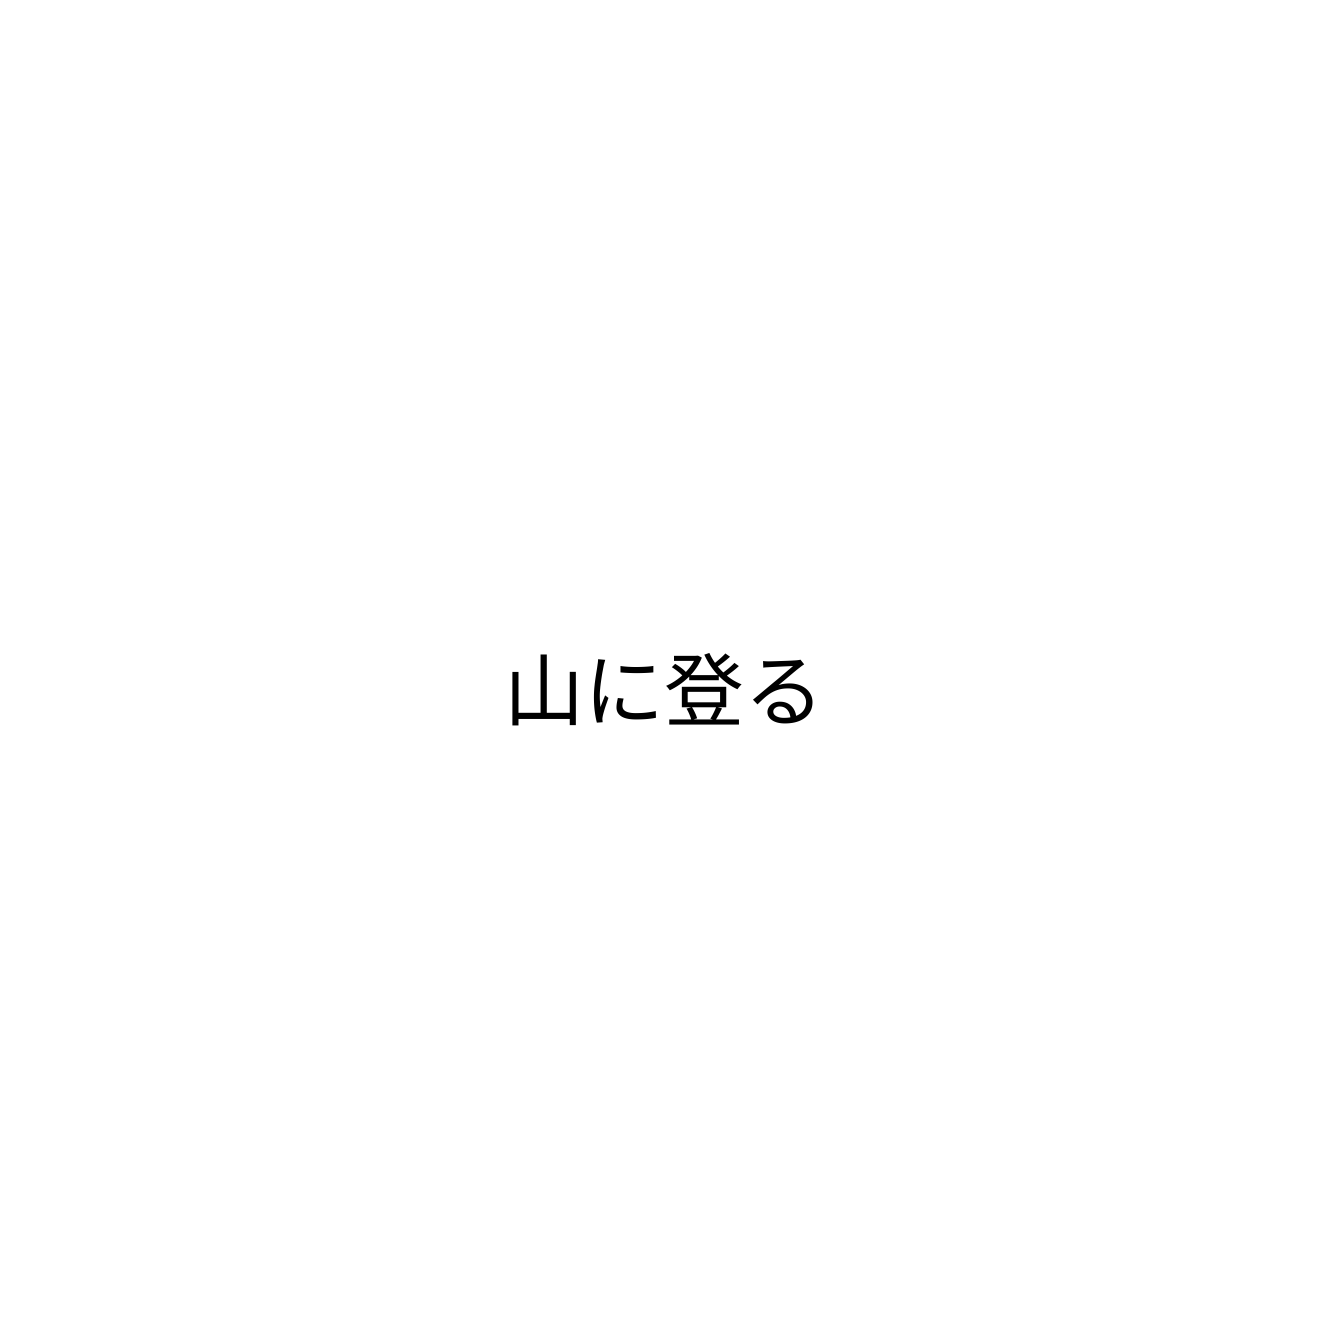
山に登る